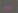
يدويا